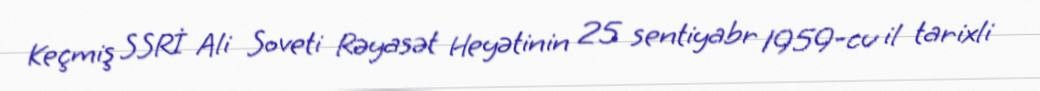
Keçmiş SSRİ Ali Soveti Rəyasət Heyətinin 25 sentiyabr 1959-cu il tarixli